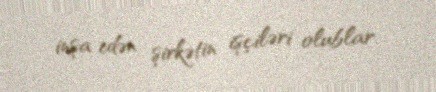
inşa edən şirkətin işçiləri olublar.